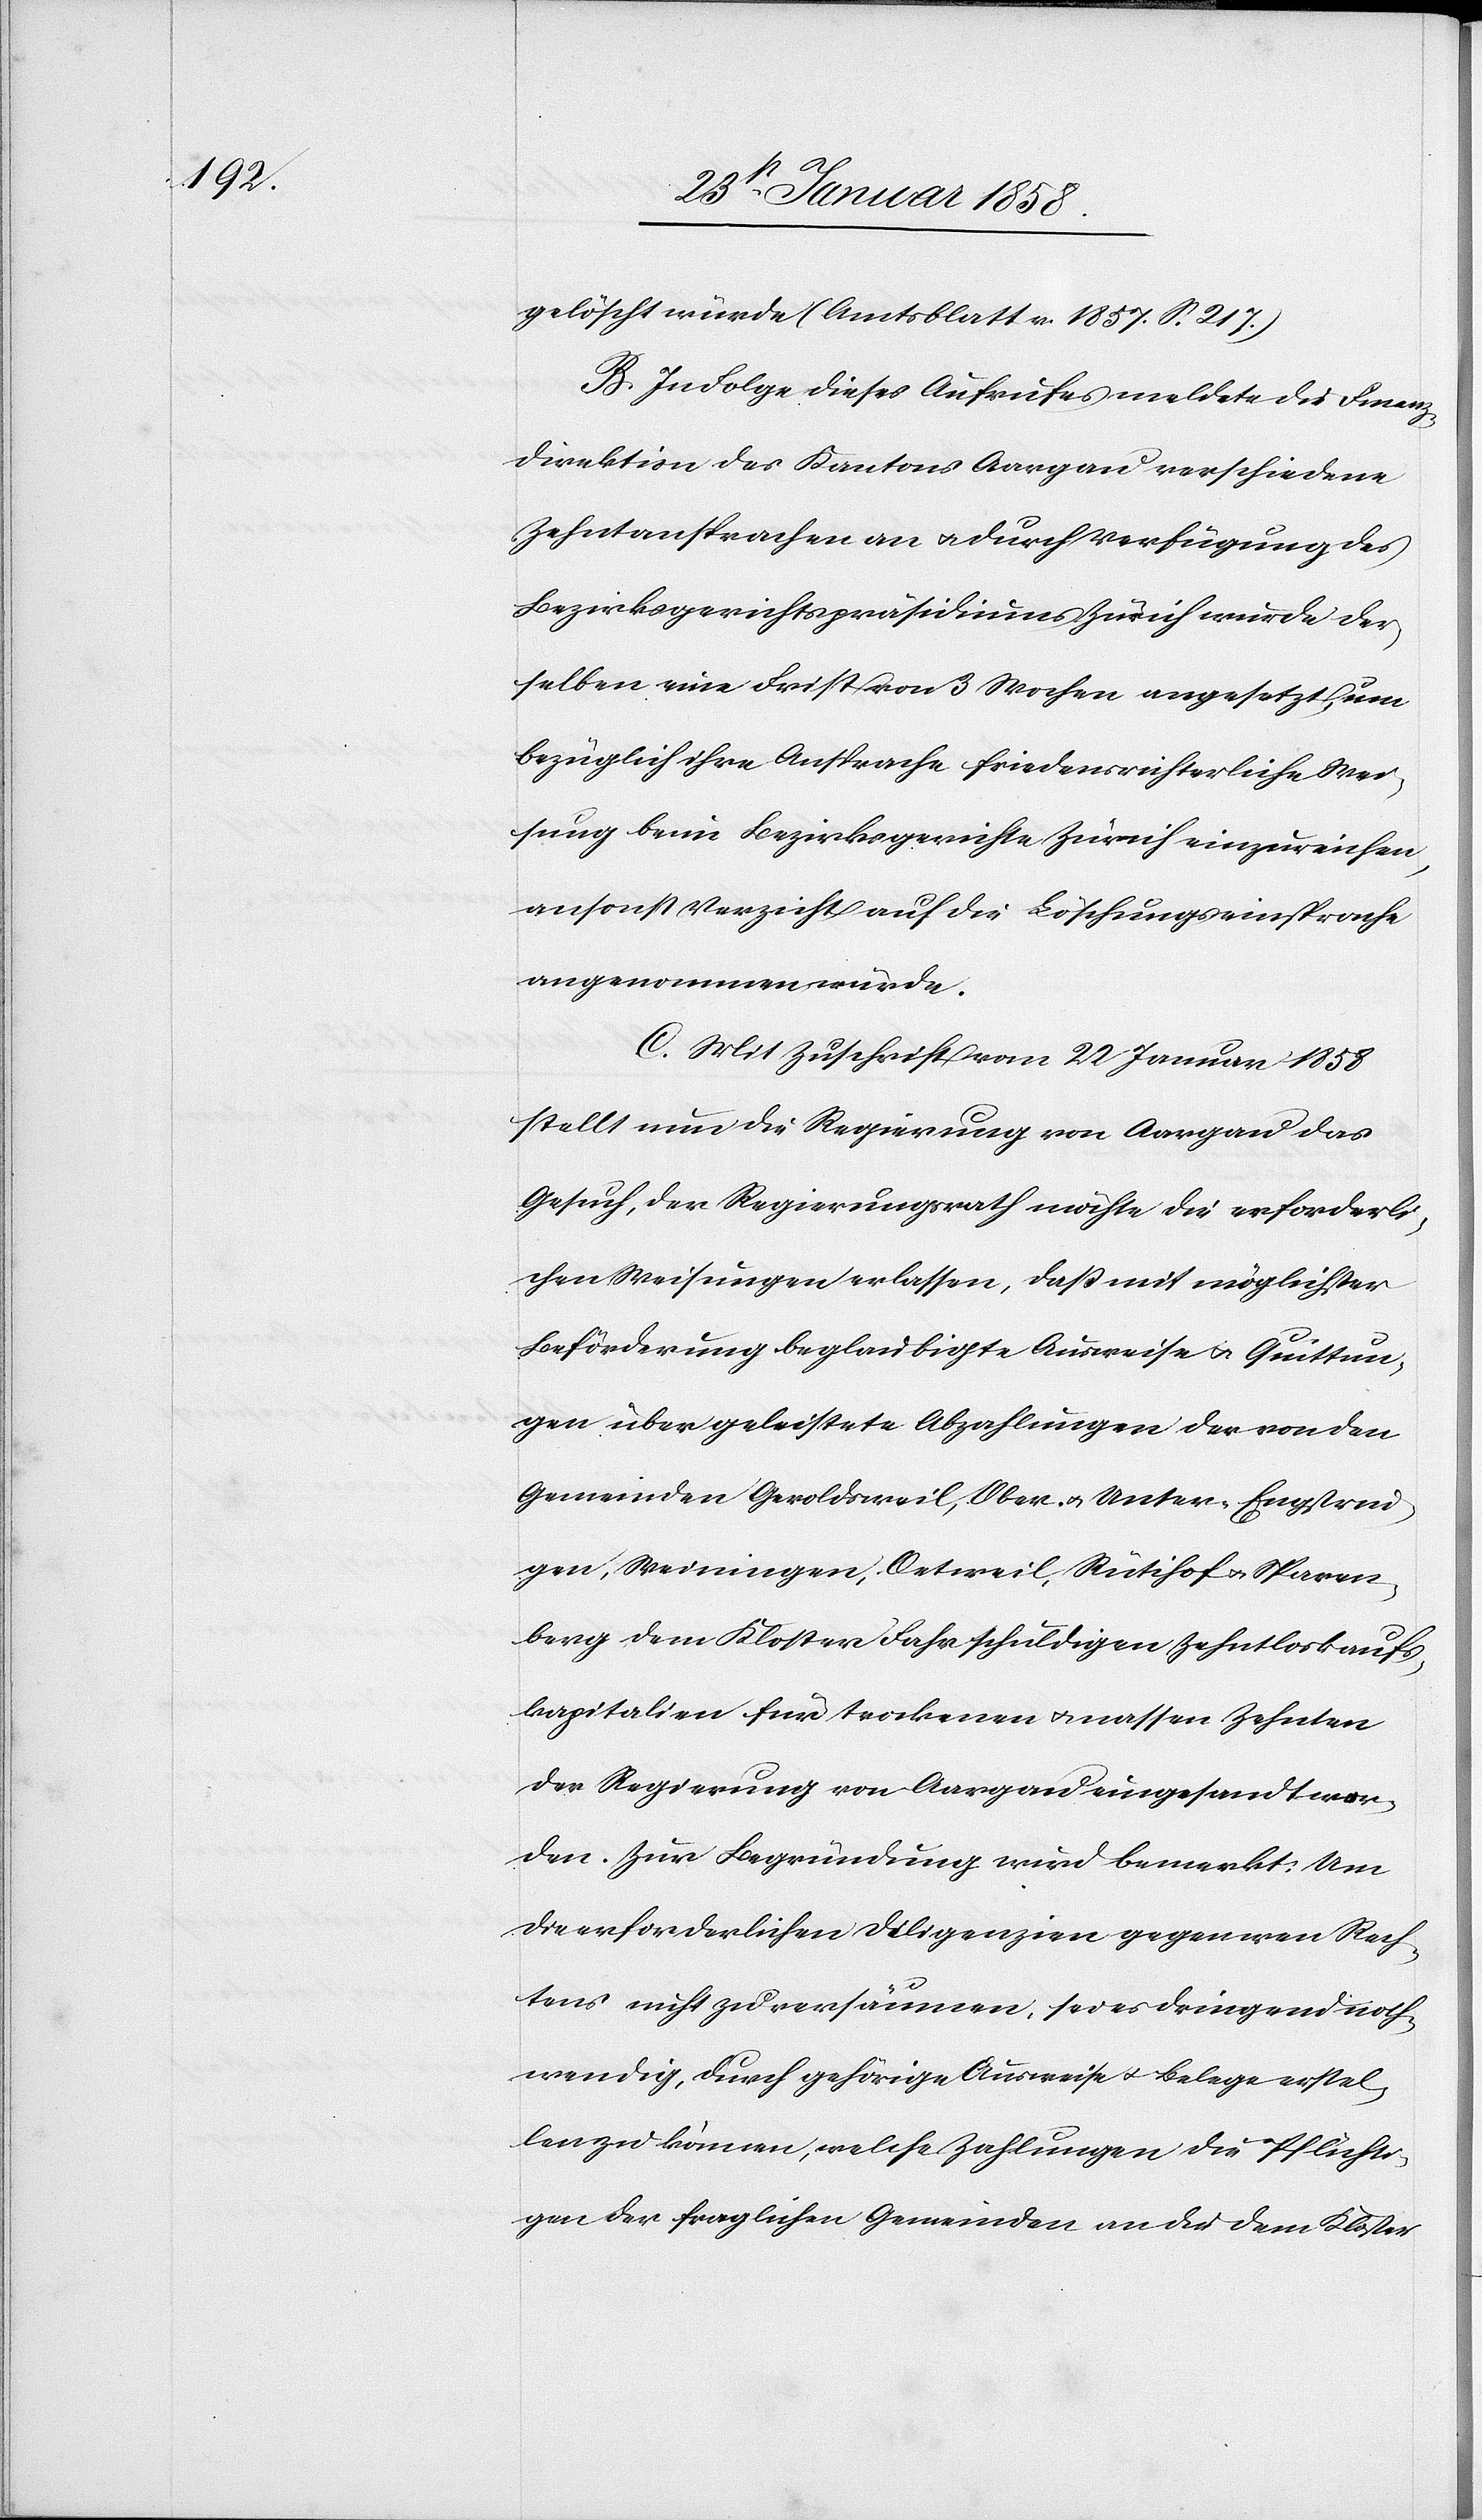
gelöscht würde (Amtsblatt v. 1857. S. 217.)
B. In Folge dieses Aufrufes meldete die Finanz¬
direktion des Kantons Aargau verschiedene
Zehntansprachen an u. durch Verfügung des
Bezirksgerichtspräsidiums Zürich wurde der¬
selben eine Frist von 3 Wochen angesetzt, um
bezüglich ihre Ansprache friedensrichterliche Wei¬
sung beim Bezirksgerichte Zürich einzureichen,
ansonst Verzicht auf die Löschungseinsprache
angenommen würde.
C. Mit Zuschrift vom 22 Januar 1858
stellt nun die Regierung von Aargau das
Gesuch, der Regierungsrath möchte die erforderli¬
chen Weisungen erlassen, daß mit möglichster
Beförderung beglaubigte Ausweise u. Quittun¬
gen über geleistete Abzahlungen der von den
Gemeinden Geroldsweil, Ober- u. Unter-Engstrin¬
gen, Weiningen, Oetweil, Rütihof u. Sparen¬
berg dem Kloster Fahr schuldigen Zehntloskaufs¬
kapitalien für trockenen u. nassen Zehnten
der Regierung von Aargau eingesandt wer¬
den. Zur Begründung wird bemerkt: Um
die erforderlichen Diligenzien gegen wen Rech¬
tens nicht zu versäumen, sei es dringend noth¬
wendig, durch gehörige Ausweise u. Belege erstel¬
len zu können, welche Zahlungen die Pflichti¬
gen der fraglichen Gemeinden an die dem Kloster